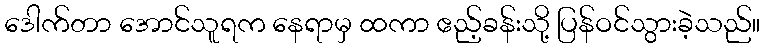
ဒေါက်တာ အောင်သူရက နေရာမှ ထကာ ဧည့်ခန်းသို့ ပြန်ဝင်သွားခဲ့သည်။